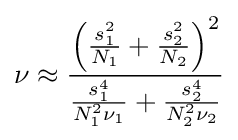
\nu \approx {\frac {\left({\frac {s_{1}^{2}}{N_{1}}}+{\frac {s_{2}^{2}}{N_{2}}}\right)^{2}}{{\frac {s_{1}^{4}}{N_{1}^{2}\nu _{1}}}+{\frac {s_{2}^{4}}{N_{2}^{2}\nu _{2}}}}}